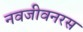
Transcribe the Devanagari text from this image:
नवजीवनरस